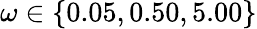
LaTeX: \omega\in\{ 0.05,0.50,5.00\}